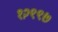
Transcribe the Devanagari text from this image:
१२९९७